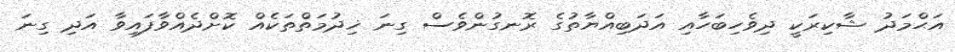
އަޙްމަދު ޝާކިރަކީ ދިވެހިބަހާއި އަދަބިއްޔާތުގެ ރޮނގުންވެސް ގިނަ ޚިދުމަތްތަކެއް ކޮށްދެއްވާފައިވާ އަދި ގިނަ